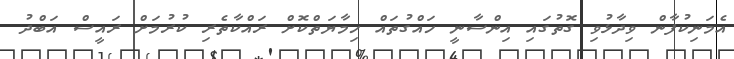
އެމަނިކުފާން ވިދާޅުވި ގޮތުގައި އިންސާނީ ހައްގުތައް ހިމާޔަތްކޮށް ރައްކާތެރި ކުރުމަށް ރައީސް އަބްދު